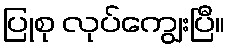
ပြုစု လုပ်ကျွေးပြီ။